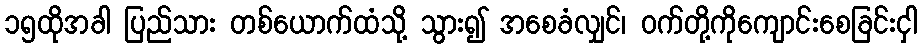
၁၅ထိုအခါ ပြည်သား တစ်ယောက်ထံသို့ သွား၍ အစေခံလျှင်၊ ဝက်တို့ကိုကျောင်းစေခြင်းငှါ